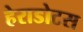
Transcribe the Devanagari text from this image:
हेराडोटस